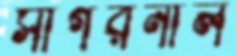
সাগরনাল